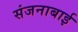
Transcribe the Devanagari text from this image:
संजनाबाई